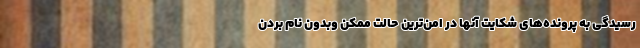
رسیدگی به پرونده‌های شکایت آنها در امن‌ترین حالت ممکن وبدون نام بردن